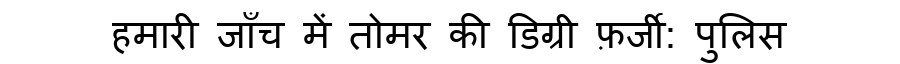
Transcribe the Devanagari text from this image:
हमारी जाँच में तोमर की डिग्री फ़र्जी: पुलिस